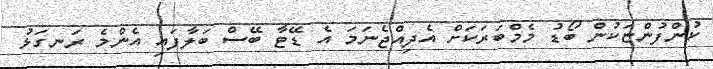
ކުންފުންޏަކުން ބޯޑު މެމްބަރަކަށް އެދިއްޖެނަމަ އެ ޑޭޓާ ބޭސް ބަލާފައި އެންމެ ރަނގަޅު